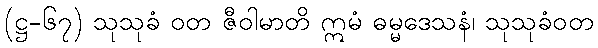
(ဋ္ဌ-၆၇) သုသုခံ ဝတ ဇီဝါမာတိ ဣမံ ဓမ္မဒေသနံ၊ သုသုခံဝတ